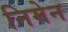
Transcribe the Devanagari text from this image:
निमेन